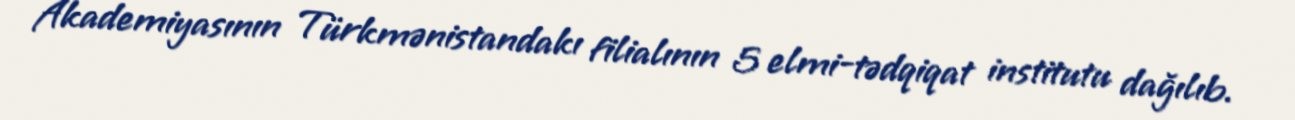
Akademiyasının Türkmənistandakı filialının 5 elmi-tədqiqat institutu dağılıb.